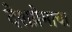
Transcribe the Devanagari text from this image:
देशप्रेमाचा